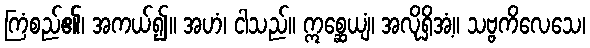
ကြံစည်၏၊ အကယ်၍။ အဟံ၊ ငါသည်။ ဣစ္ဆေယျံ၊ အလိုရှိအံ့။ သဗ္ဗကိလေသေ၊